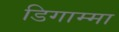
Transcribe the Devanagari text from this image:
डिगाम्मा